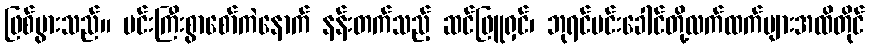
ဖြစ်ပွားသည်။ မင်းကြီးစွာစော်ကဲနောက် နန်းတက်သည့် ဆင်ဖြူရှင်၊ ဘုရင်မင်းခေါင်တို့လက်ထက်များအထိတိုင်